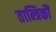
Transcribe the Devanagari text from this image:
तान्त्रिकौं